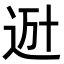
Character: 𨒒